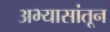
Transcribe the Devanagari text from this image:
अभ्यासांतून